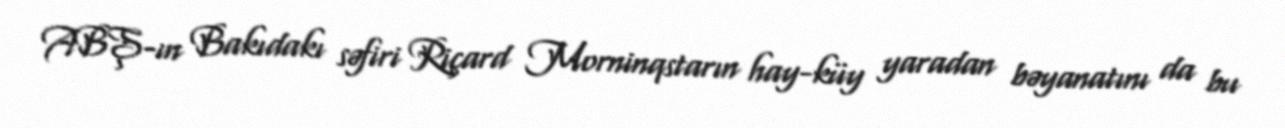
ABŞ-ın Bakıdakı səfiri Riçard Morninqstarın hay-küy yaradan bəyanatını da bu